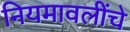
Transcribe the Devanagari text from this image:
नियमावलींचे